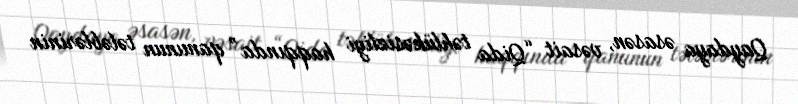
Qaydaya əsasən, vəsait “Qida təhlükəsizliyi haqqında” qanunun tələblərinin